Mental hospitals Bombay report 1921-28 - 1921-1928
Year: 1921
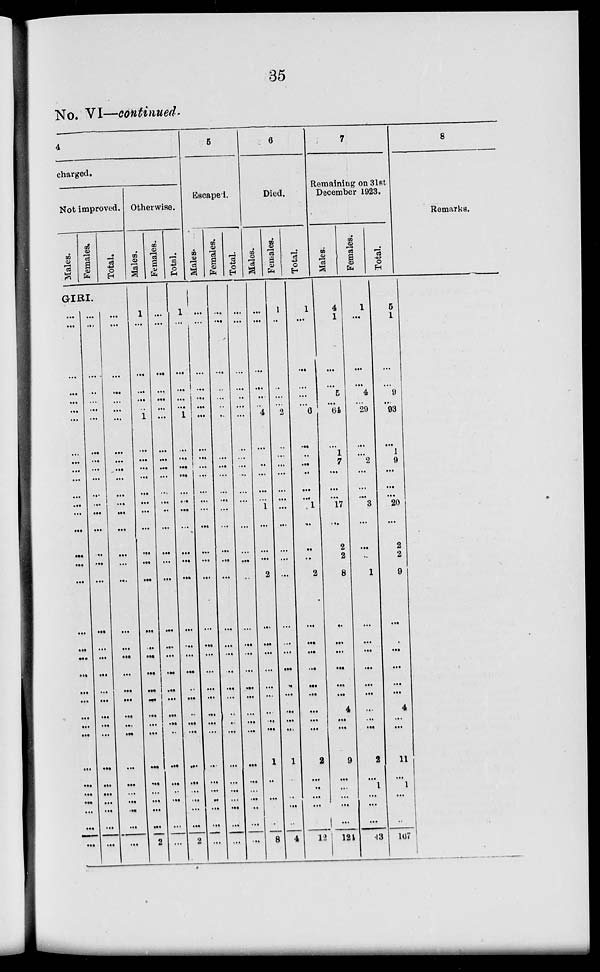
35
No. VI—continued.
4
charged.
Not improved.
Males.
Females.
Total.
GIRI.
...
...
...
...
...
...
...
...
...
...
...
...
...
...
...
...
...
...
...
...
...
...
...
...
...
...
...
...
...
...
...
...
...
...
...
...
...
...
...
...
...
...
...
...
...
...
...
...
...
...
...
...
...
...
...
...
...
...
...
...
...
...
...
...
...
...
...
...
...
...
...
...
...
...
...
...
...
...
...
...
...
...
...
...
...
...
...
...
...
...
...
...
...
...
...
...
...
...
...
...
...
...
Otherwise.
Males.
1
...
...
...
...
...
1
...
...
...
...
...
...
...
...
...
...
...
...
...
...
...
...
...
...
...
...
...
...
...
...
...
...
2
Females.
...
...
...
...
...
...
...
...
...
...
...
...
...
...
...
...
...
...
...
...
...
...
...
...
...
...
...
...
...
...
...
...
...
...
Total.
1
...
...
...
...
...
1
...
...
...
...
...
...
...
...
...
...
...
...
...
...
...
...
...
...
...
...
...
...
...
...
...
...
2
5
Escaped.
Males.
...
...
...
...
...
...
...
...
...
...
...
...
...
...
...
...
...
...
...
...
...
...
...
...
...
...
...
...
...
...
...
...
...
...
Pemale8.
...
...
...
..
...
...
...
...
...
...
...
...
...
...
...
...
...
...
...
...
...
...
...
...
..
..
...
...
...
...
...
...
...
...
| Total.
...
....
...
...
...
...
...
...
...
...
...
...
...
...
...
...
...
...
...
...
...
...
...
...
...
...
...
...
...
...
...
...
...
...
6
Died.
Males.
...
...
...
...
..
..
4
...
...
...
...
...
...
1
...
...
...
2
...
...
...
...
...
...
...
...
...
1
...
...
...
...
...
8
Females.
1
...
...
...
...
...
2
...
...
...
...
...
...
...
...
...
...
...
...
...
...
...
...
...
...
...
...
1
...
...
...
...
...
4
Total.
1
...
...
...
...
...
6
...
...
...
...
...
...
1
...
...
...
2
...
...
...
...
...
...
...
...
...
2
...
...
...
...
...
12
7
Remaining on 31st
December 1923.
Males.
4
1
...
...
5
...
64
...
1
7
...
...
...
17
...
2
2
8
...
...
...
...
...
...
4
...
...
9
...
...
...
...
...
124
Females.
1
...
...
...
4
...
29
...
...
2
...
...
...
3
...
...
...
1
...
...
...
...
...
...
...
...
...
2
...
1
...
...
...
43
Total.
5
1
...
...
9
...
93
...
1
9
...
...
...
20
...
2
2
9
...
...
...
...
...
...
4
...
...
11
...
1
...
...
...
167
8
Remarks.